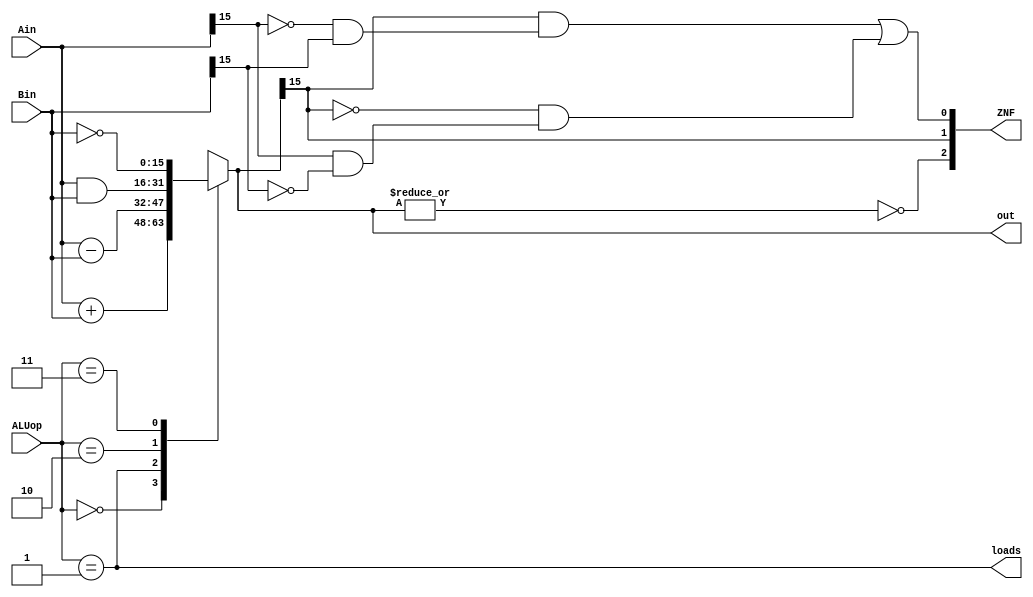
module ALU(Ain, Bin, ALUop, out, ZNF, loads);
    input [15:0] Ain, Bin;
    input [1:0] ALUop; 		//determines arithmetic operation to be performed on inputs
    output [15:0] out;
    reg [15:0] out;	//result of operation
    output [2:0] ZNF;	//indicates status
    wire ovf;
    output loads;

    always @(*) begin
     case(ALUop)  
      2'b00 : out = Ain + Bin;	//inputs are added for ALUop = 00
      2'b01 : out = Ain - Bin;	//second input subtracted from first for 01
      2'b10 : out = Ain & Bin;	//inputs ANDed together for 10
      2'b11 : out = ~Bin;	//output is second input with bits flipped for 11 
      default: out = 16'bxxxx_xxxx_xxxx_xxxx;
     endcase
    end
     assign ovf =  (out[15] & (~Ain[15] & Bin[15])) |
                   (~out[15] & (Ain[15] & ~Bin[15]));

     assign ZNF = {(~(|out[15:0])), out[15], ovf};
     assign loads = (ALUop == 2'b01);

endmodule